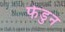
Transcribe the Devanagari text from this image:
फेडुन